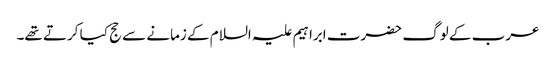
عرب کے لوگ حضرت ابراہیم علیہ السلام کے زمانے سے حج کیا کرتے تھے۔